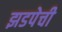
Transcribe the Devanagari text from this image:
झडपेची